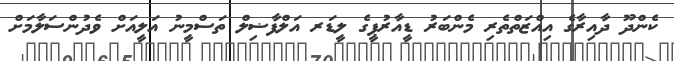
ކެންދޫ ދާއިރާގެ އިއްޒަތްތެރި މެންބަރު ޑީއާރުޕީގެ ލީޑަރ އަލްފާޟިލް ތަސްމީނު އަލީއަށް ވެދުންސަލާމަށް